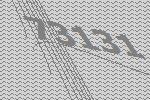
73131